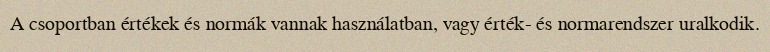
A csoportban értékek és normák vannak használatban, vagy érték- és normarendszer uralkodik.